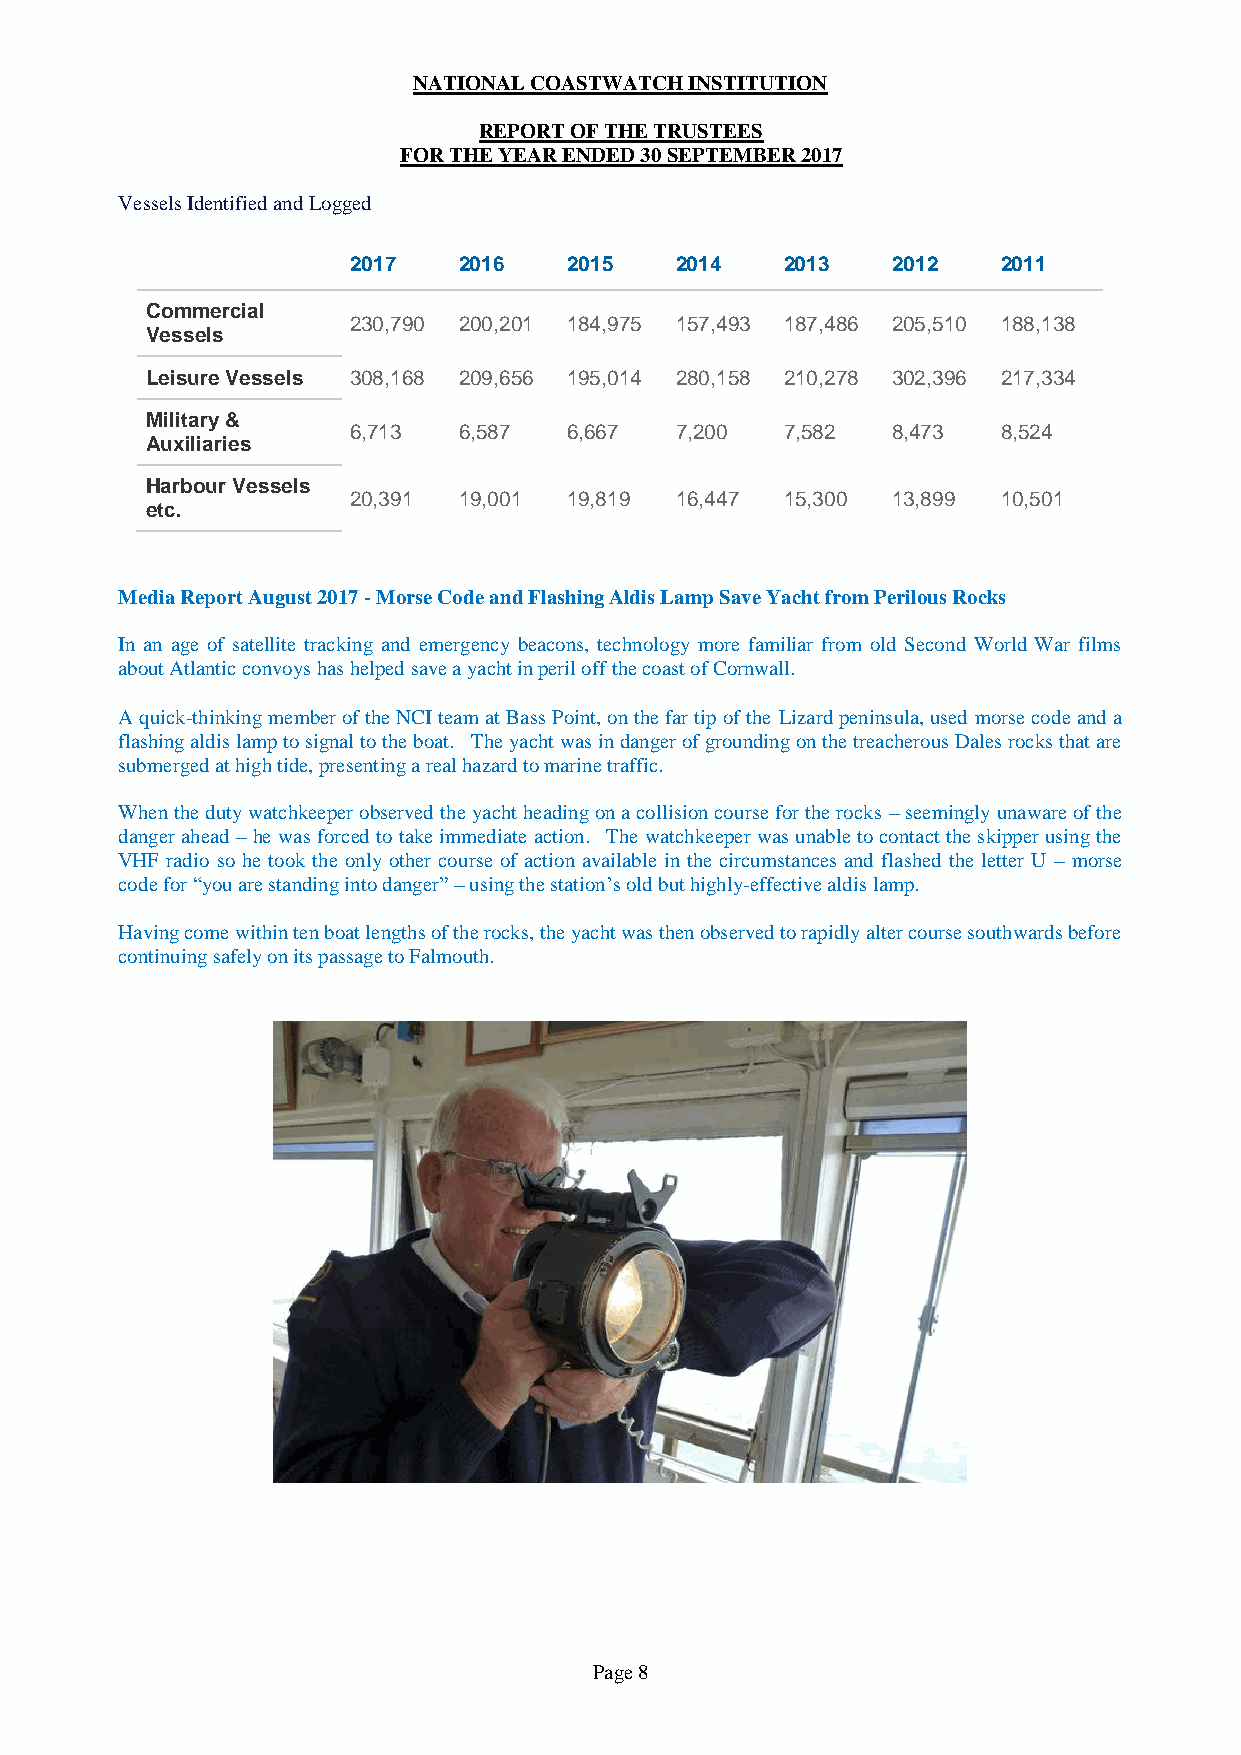
NATIONAL COASTWATCH INSTITUTION
 REPORT OF THE TRUSTEES
 FOR THE YEAR ENDED 30 SEPTEMBER 2017
 Vessels Identified and Logged
 2017   2016    2015   2014   2013   2012   2011
 Commercial
 230,790 200,201 184,975 157,493 187,486 205,510 188,138
 Vessels
 Leisure Vessels 308,168 209,656 195,014 280,158 210,278 302,396 217,334
 Military &
 6,713  6,587   6,667  7,200  7,582  8,473  8,524
 Auxiliaries
 Harbour Vessels
 20,391 19,001  19,819 16,447 15,300 13,899 10,501
 etc.
 Media Report August 2017 - Morse Code and Flashing Aldis Lamp Save Yacht from Perilous Rocks
 In an age of satellite tracking and emergency beacons, technology more familiar from old Second World War films
 about Atlantic convoys has helped save a yacht in peril off the coast of Cornwall.
 A quick-thinking member of the NCI team at Bass Point, on the far tip of the Lizard peninsula, used morse code and a
 flashing aldis lamp to signal to the boat. The yacht was in danger of grounding on the treacherous Dales rocks that are
 submerged at high tide, presenting a real hazard to marine traffic.
 When the duty watchkeeper observed the yacht heading on a collision course for the rocks – seemingly unaware of the
 danger ahead – he was forced to take immediate action. The watchkeeper was unable to contact the skipper using the
 VHF radio so he took the only other course of action available in the circumstances and flashed the letter U – morse
 code for “you are standing into danger” – using the station’s old but highly-effective aldis lamp.
 Having come within ten boat lengths of the rocks, the yacht was then observed to rapidly alter course southwards before
 continuing safely on its passage to Falmouth.
 Page 8